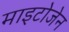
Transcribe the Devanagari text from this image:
माइटोजेन